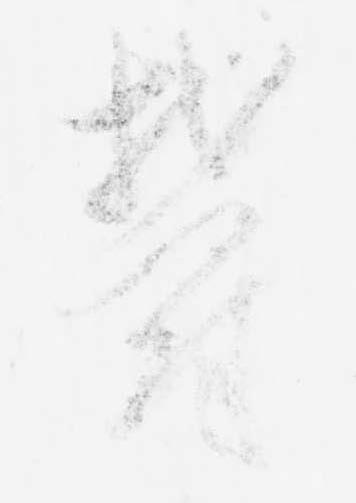
欝